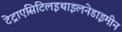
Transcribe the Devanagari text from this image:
टेट्राएसिटिलइथाइलनेडाइमीन